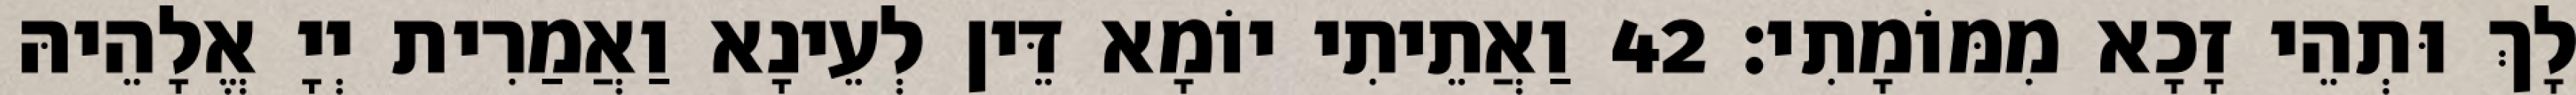
לָךְ וּתְהֵי זָכָא מִמּוֹמָתִי׃ 42 וַאֲתֵיתִי יוֹמָא דֵּין לְעֵינָא וַאֲמַרִית יְיָ אֱלָהֵיהּ